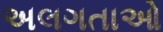
અલગતાઓ